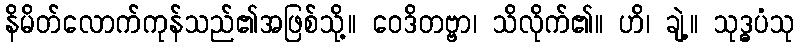
နိမိတ်လောက်ကုန်သည်၏အဖြစ်သို့။ ဝေဒိတဗ္ဗာ၊ သိလိုက်၏။ ဟိ၊ ချဲ့။ သုဒ္ဓပံသု